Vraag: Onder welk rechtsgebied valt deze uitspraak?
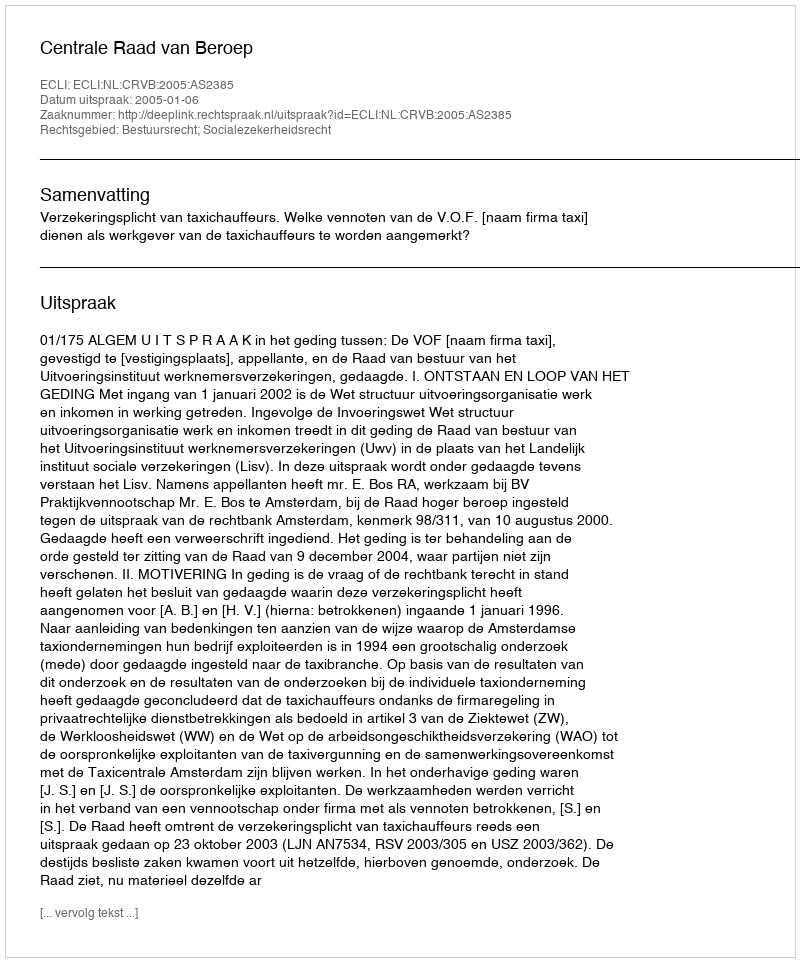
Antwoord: Bestuursrecht; Socialezekerheidsrecht